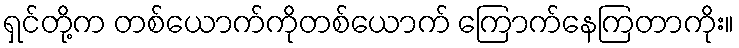
ရှင်တို့က တစ်ယောက်ကိုတစ်ယောက် ကြောက်နေကြတာကိုး။